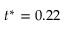
t ^ { * } = 0 . 2 2